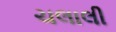
ચલાલી